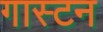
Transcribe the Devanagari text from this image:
गास्टन